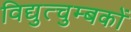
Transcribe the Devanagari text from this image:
विद्युत्चुम्बकों